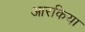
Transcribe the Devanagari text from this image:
आरकिया